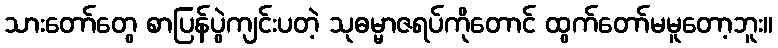
သားတော်တွေ စာပြန်ပွဲကျင်းပတဲ့ သုဓမ္မာဇရပ်ကိုတောင် ထွက်တော်မမူတော့ဘူး။